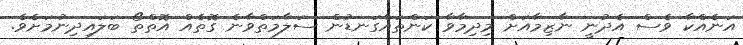
އަނެއްކާ ވެސް އެދުނީ ނާޒިމާއަށް މިދިމާވާ ކަންތައްގަނޑުން ސަލާމަތްވާނެ ގޮތެއް އޮތްތޯ ބަލައިދިނުމަށެވެ.